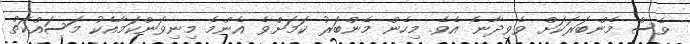
ވެސް މެންބަރަކަށް ވެވިދާނެ އެވެ. މިހެން މެންބަރު ކަމަށްވެ އެންމެ މިނިވަންކަމާއެކު މަސައްކަތް